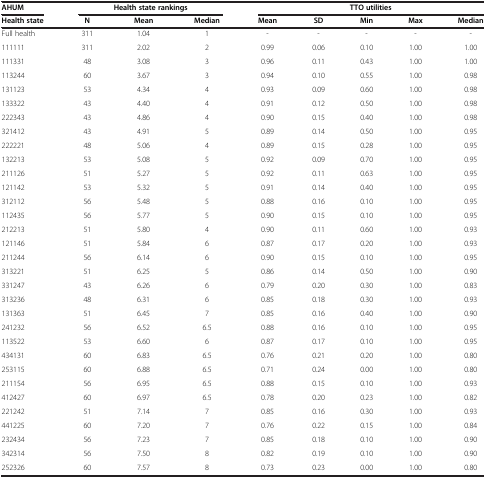
<table><thead><tr><td><b>AHUM</b></td><td colspan="3"><b>Health state rankings</b></td><td colspan="5"><b>TTO utilities</b></td></tr><tr><td><b>Health state</b></td><td><b>N</b></td><td><b>Mean</b></td><td><b>Median</b></td><td><b>Mean</b></td><td><b>SD</b></td><td><b>Min</b></td><td><b>Max</b></td><td><b>Median</b></td></tr></thead><tbody><tr><td>Full health</td><td>311</td><td>1.04</td><td>1</td><td>-</td><td>-</td><td>-</td><td>-</td><td>-</td></tr><tr><td>111111</td><td>311</td><td>2.02</td><td>2</td><td>0.99</td><td>0.06</td><td>0.10</td><td>1.00</td><td>1.00</td></tr><tr><td>111331</td><td>48</td><td>3.08</td><td>3</td><td>0.96</td><td>0.11</td><td>0.43</td><td>1.00</td><td>1.00</td></tr><tr><td>113244</td><td>60</td><td>3.67</td><td>3</td><td>0.94</td><td>0.10</td><td>0.55</td><td>1.00</td><td>0.98</td></tr><tr><td>131123</td><td>53</td><td>4.34</td><td>4</td><td>0.93</td><td>0.09</td><td>0.60</td><td>1.00</td><td>0.98</td></tr><tr><td>133322</td><td>43</td><td>4.40</td><td>4</td><td>0.91</td><td>0.12</td><td>0.50</td><td>1.00</td><td>0.98</td></tr><tr><td>222343</td><td>43</td><td>4.86</td><td>4</td><td>0.90</td><td>0.15</td><td>0.40</td><td>1.00</td><td>0.98</td></tr><tr><td>321412</td><td>43</td><td>4.91</td><td>5</td><td>0.89</td><td>0.14</td><td>0.50</td><td>1.00</td><td>0.95</td></tr><tr><td>222221</td><td>48</td><td>5.06</td><td>4</td><td>0.89</td><td>0.15</td><td>0.28</td><td>1.00</td><td>0.95</td></tr><tr><td>132213</td><td>53</td><td>5.08</td><td>5</td><td>0.92</td><td>0.09</td><td>0.70</td><td>1.00</td><td>0.95</td></tr><tr><td>211126</td><td>51</td><td>5.27</td><td>5</td><td>0.92</td><td>0.11</td><td>0.63</td><td>1.00</td><td>0.95</td></tr><tr><td>121142</td><td>53</td><td>5.32</td><td>5</td><td>0.91</td><td>0.14</td><td>0.40</td><td>1.00</td><td>0.95</td></tr><tr><td>312112</td><td>56</td><td>5.48</td><td>5</td><td>0.88</td><td>0.16</td><td>0.10</td><td>1.00</td><td>0.95</td></tr><tr><td>112435</td><td>56</td><td>5.77</td><td>5</td><td>0.90</td><td>0.15</td><td>0.10</td><td>1.00</td><td>0.95</td></tr><tr><td>212213</td><td>51</td><td>5.80</td><td>4</td><td>0.90</td><td>0.11</td><td>0.60</td><td>1.00</td><td>0.93</td></tr><tr><td>121146</td><td>51</td><td>5.84</td><td>6</td><td>0.87</td><td>0.17</td><td>0.20</td><td>1.00</td><td>0.93</td></tr><tr><td>211244</td><td>56</td><td>6.14</td><td>6</td><td>0.90</td><td>0.15</td><td>0.10</td><td>1.00</td><td>0.95</td></tr><tr><td>313221</td><td>51</td><td>6.25</td><td>5</td><td>0.86</td><td>0.14</td><td>0.50</td><td>1.00</td><td>0.90</td></tr><tr><td>331247</td><td>43</td><td>6.26</td><td>6</td><td>0.79</td><td>0.20</td><td>0.30</td><td>1.00</td><td>0.83</td></tr><tr><td>313236</td><td>48</td><td>6.31</td><td>6</td><td>0.85</td><td>0.18</td><td>0.30</td><td>1.00</td><td>0.93</td></tr><tr><td>131363</td><td>51</td><td>6.45</td><td>7</td><td>0.85</td><td>0.16</td><td>0.40</td><td>1.00</td><td>0.90</td></tr><tr><td>241232</td><td>56</td><td>6.52</td><td>6.5</td><td>0.88</td><td>0.16</td><td>0.10</td><td>1.00</td><td>0.95</td></tr><tr><td>113522</td><td>53</td><td>6.60</td><td>6</td><td>0.87</td><td>0.17</td><td>0.10</td><td>1.00</td><td>0.95</td></tr><tr><td>434131</td><td>60</td><td>6.83</td><td>6.5</td><td>0.76</td><td>0.21</td><td>0.20</td><td>1.00</td><td>0.80</td></tr><tr><td>253115</td><td>60</td><td>6.88</td><td>6.5</td><td>0.71</td><td>0.24</td><td>0.00</td><td>1.00</td><td>0.80</td></tr><tr><td>211154</td><td>56</td><td>6.95</td><td>6.5</td><td>0.88</td><td>0.15</td><td>0.10</td><td>1.00</td><td>0.93</td></tr><tr><td>412427</td><td>60</td><td>6.97</td><td>6.5</td><td>0.78</td><td>0.20</td><td>0.23</td><td>1.00</td><td>0.82</td></tr><tr><td>221242</td><td>51</td><td>7.14</td><td>7</td><td>0.85</td><td>0.16</td><td>0.30</td><td>1.00</td><td>0.93</td></tr><tr><td>441225</td><td>60</td><td>7.20</td><td>7</td><td>0.76</td><td>0.22</td><td>0.15</td><td>1.00</td><td>0.84</td></tr><tr><td>232434</td><td>56</td><td>7.23</td><td>7</td><td>0.85</td><td>0.18</td><td>0.10</td><td>1.00</td><td>0.90</td></tr><tr><td>342314</td><td>56</td><td>7.50</td><td>8</td><td>0.82</td><td>0.19</td><td>0.10</td><td>1.00</td><td>0.90</td></tr><tr><td>252326</td><td>60</td><td>7.57</td><td>8</td><td>0.73</td><td>0.23</td><td>0.00</td><td>1.00</td><td>0.80</td></tr></tbody></table>